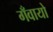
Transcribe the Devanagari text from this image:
गँवायो